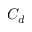
C _ { d }